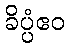
ခိပ္ပံဧဝ